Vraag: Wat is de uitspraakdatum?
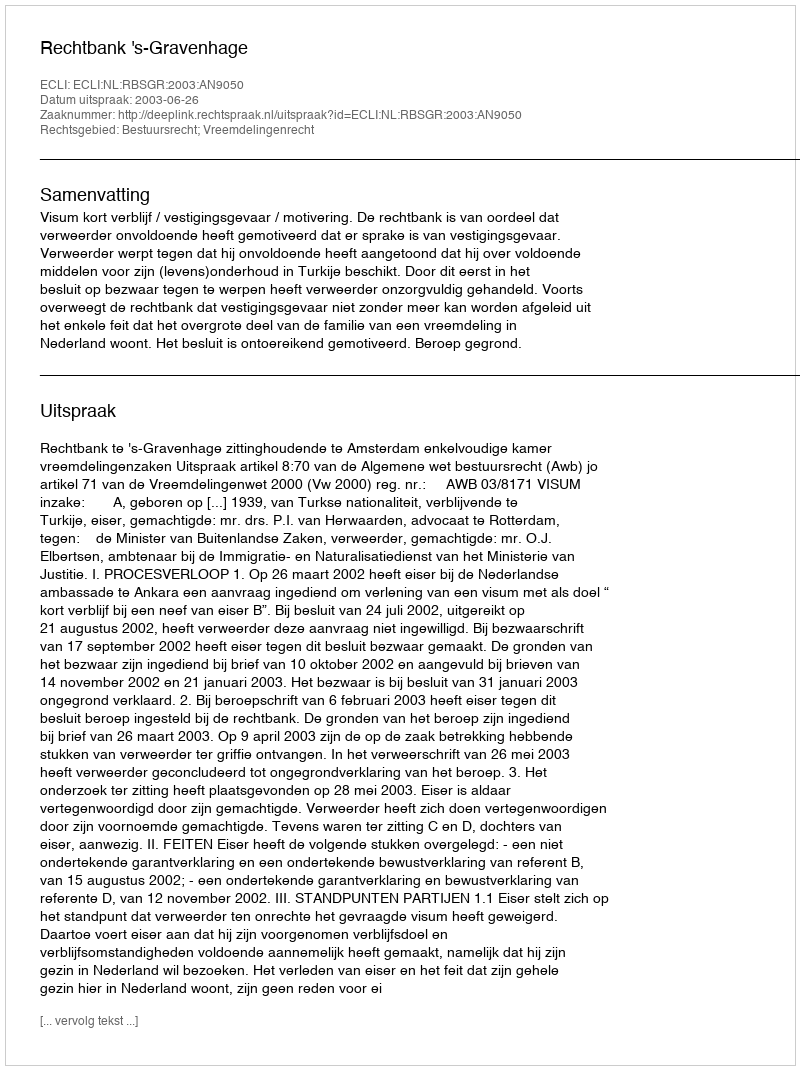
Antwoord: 2003-06-26